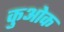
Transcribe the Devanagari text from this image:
कुओक